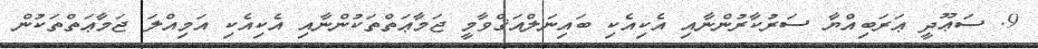
9. ސަޢޫދީ ޢަރަބިއްޔާ ސަރުކާރުންނާއި އެކިއެކި ބައިނަލްއަޤްވާމީ ޖަމާޢަތްތަކުންނާއި އެކިއެކި އަމިއްލަ ޖަމާޢަތްތަކުން